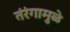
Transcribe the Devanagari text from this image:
तंरंगामुळे